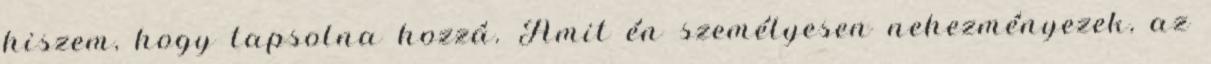
hiszem, hogy tapsolna hozzá. Amit én személyesen nehezményezek, az